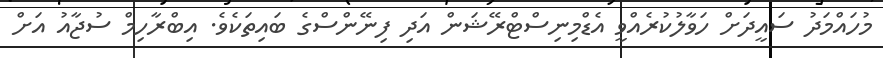
މުހައްމަދު ސައީދަށް ހަވާލުކުރެއްވީ އެޑްމިނިސްޓްރޭޝަން އަދި ފިނޭންސްގެ ބައިތަކެވެ. އިބްރާހިމް ސުޖާއު އަށް